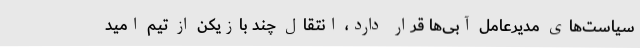
سیاست‌های مدیرعامل آبی‌ها قرار دارد، انتقال چند بازیکن از تیم امید